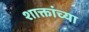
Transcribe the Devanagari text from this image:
शाक्तांच्या